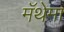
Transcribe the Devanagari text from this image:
मॅथेमा